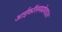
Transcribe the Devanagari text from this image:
आईकॉलमप्रोवाइडर